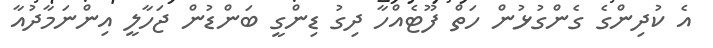
އެ ކުދިންގެ ގެންގުޅުން ހަތް ފޫޓެއްހާ ދިގު ޑިންގީ ބަންޑުން ޖަހާލީ އިންނަމާދުއާ